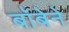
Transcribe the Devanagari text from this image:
बॉबेने